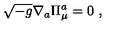
\sqrt { - g } \nabla _ { a } \Pi _ { \mu } ^ { a } = 0 \ ,